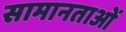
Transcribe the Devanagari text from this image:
सामानताओं